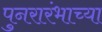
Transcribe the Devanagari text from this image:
पुनरारंभाच्या